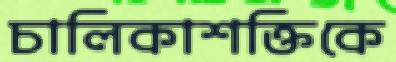
চালিকাশক্তিকে